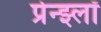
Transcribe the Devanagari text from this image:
प्रेन्झ्लॉ